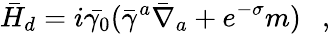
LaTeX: \bar{H}_{d}=i\bar{\gamma_{0}}(\bar{\gamma}^{a}\bar{\nabla}_{a}+e^{-\sigma}m)~~~,